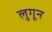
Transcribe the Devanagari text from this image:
लुगून